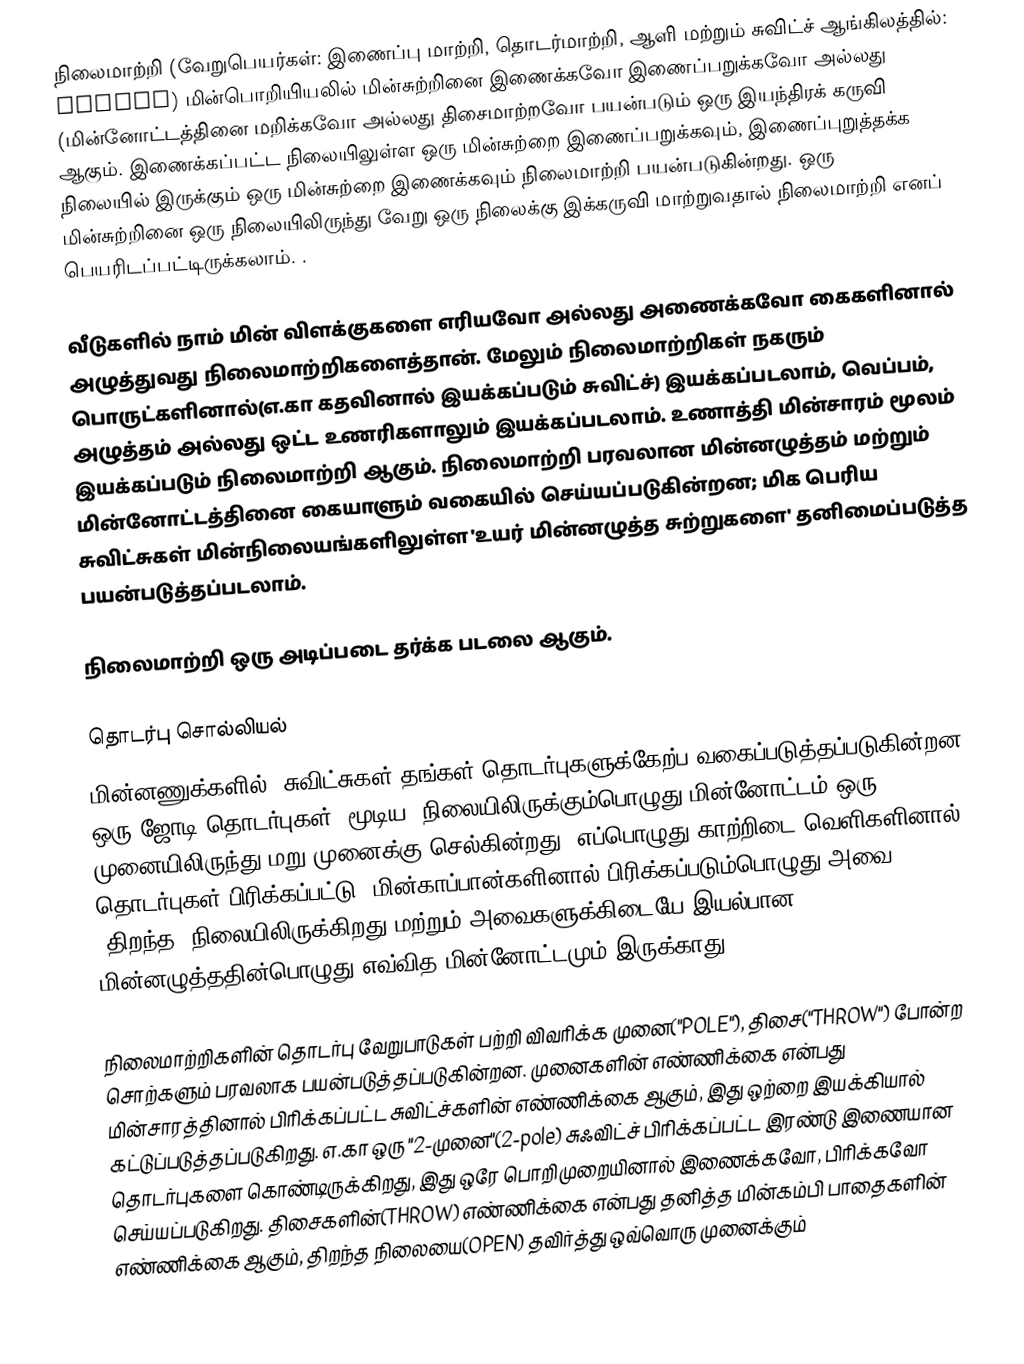
நிலைமாற்றி  (வேறுபெயர்கள்: இணைப்பு மாற்றி, தொடர்மாற்றி, ஆளி மற்றும் சுவிட்ச் ஆங்கிலத்தில்: switch) மின்பொறியியலில் மின்சுற்றினை இணைக்கவோ இணைப்பறுக்கவோ அல்லது (மின்னோட்டத்தினை மறிக்கவோ அல்லது திசைமாற்றவோ பயன்படும் ஒரு இயந்திரக் கருவி ஆகும். இணைக்கப்பட்ட நிலையிலுள்ள ஒரு மின்சுற்றை இணைப்பறுக்கவும், இணைப்புறுத்தக்க நிலையில் இருக்கும் ஒரு மின்சுற்றை இணைக்கவும் நிலைமாற்றி பயன்படுகின்றது. ஒரு மின்சுற்றினை ஒரு நிலையிலிருந்து வேறு ஒரு நிலைக்கு இக்கருவி மாற்றுவதால் நிலைமாற்றி எனப் பெயரிடப்பட்டிருக்கலாம். .

வீடுகளில் நாம் மின் விளக்குகளை எரியவோ அல்லது அணைக்கவோ கைகளினால் அழுத்துவது நிலைமாற்றிகளைத்தான். மேலும் நிலைமாற்றிகள் நகரும் பொருட்களினால்(எ.கா கதவினால் இயக்கப்படும் சுவிட்ச்) இயக்கப்படலாம், வெப்பம், அழுத்தம் அல்லது ஒட்ட உணரிகளாலும் இயக்கப்படலாம். உணாத்தி மின்சாரம் மூலம் இயக்கப்படும் நிலைமாற்றி ஆகும். நிலைமாற்றி பரவலான மின்னழுத்தம் மற்றும் மின்னோட்டத்தினை கையாளும் வகையில் செய்யப்படுகின்றன; மிக பெரிய சுவிட்சுகள் மின்நிலையங்களிலுள்ள 'உயர் மின்னழுத்த சுற்றுகளை' தனிமைப்படுத்த பயன்படுத்தப்படலாம்.

நிலைமாற்றி ஒரு அடிப்படை தர்க்க படலை ஆகும்.

தொடர்பு சொல்லியல்
மின்னணுக்களில், சுவிட்சுகள் தங்கள் தொடர்புகளுக்கேற்ப வகைப்படுத்தப்படுகின்றன. ஒரு ஜோடி தொடர்புகள் "மூடிய" நிலையிலிருக்கும்பொழுது மின்னோட்டம் ஒரு முனையிலிருந்து மறு முனைக்கு செல்கின்றது. எப்பொழுது காற்றிடை வெளிகளினால் தொடர்புகள் பிரிக்கப்பட்டு "மின்காப்பான்களினால் பிரிக்கப்படும்பொழுது அவை, "திறந்த" நிலையிலிருக்கிறது மற்றும் அவைகளுக்கிடையே இயல்பான மின்னழுத்ததின்பொழுது எவ்வித மின்னோட்டமும் இருக்காது.

நிலைமாற்றிகளின் தொடர்பு வேறுபாடுகள் பற்றி விவரிக்க முனை("POLE"), திசை("THROW") போன்ற சொற்களும் பரவலாக பயன்படுத்தப்படுகின்றன. முனைகளின் எண்ணிக்கை என்பது மின்சாரத்தினால் பிரிக்கப்பட்ட சுவிட்ச்களின் எண்ணிக்கை ஆகும், இது ஒற்றை இயக்கியால் கட்டுப்படுத்தப்படுகிறது. எ.கா ஒரு "2-முனை"(2-pole) சுஃவிட்ச் பிரிக்கப்பட்ட இரண்டு இணையான தொடர்புகளை கொண்டிருக்கிறது, இது ஒரே பொறிமுறையினால் இணைக்கவோ, பிரிக்கவோ செய்யப்படுகிறது. திசைகளின்(THROW) எண்ணிக்கை என்பது தனித்த மின்கம்பி பாதைகளின் எண்ணிக்கை ஆகும், திறந்த நிலையை(OPEN) தவிர்த்து ஒவ்வொரு முனைக்கும்